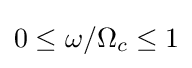
0\leq \omega /\Omega _{c}\leq 1